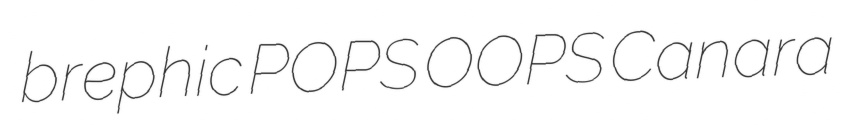
brephic POPS OOPS Canara